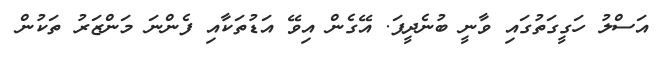
އަސްލު ހަގީގަތުގައި ވާނީ ބުނެދީފަ. އޭގެން އިވޭ އަޑުތަކާއި ފެންނަ މަންޒަރު ތަކުން